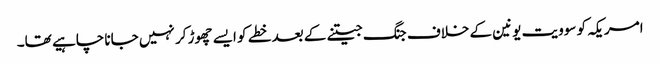
امریکہ کو سوویت یونین کے خلاف جنگ جیتنے کے بعد خطے کو ایسے چھوڑ کر نہیں جانا چاہیے تھا۔